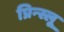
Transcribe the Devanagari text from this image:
प्रिन्स्लू